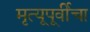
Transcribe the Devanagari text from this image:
मृत्यूपूर्वीचा